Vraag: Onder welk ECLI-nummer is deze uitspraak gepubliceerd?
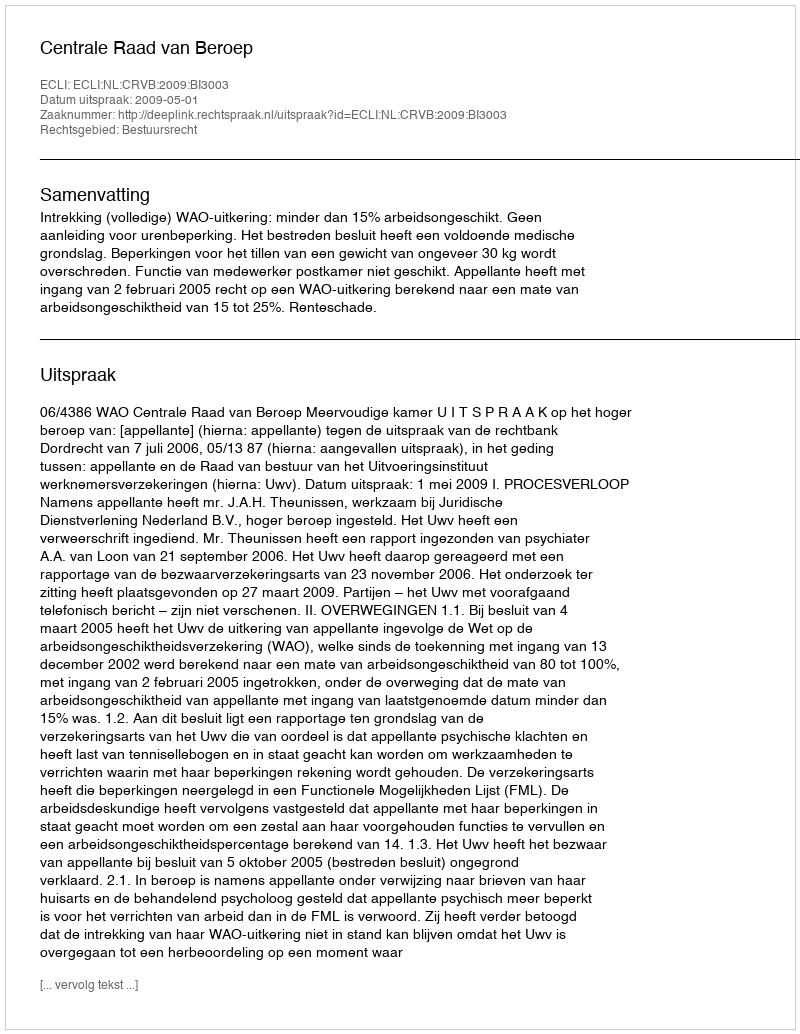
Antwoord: ECLI:NL:CRVB:2009:BI3003